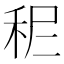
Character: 𥞓